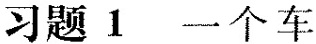
习题1 一个车